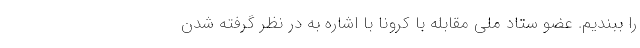
را ببندیم. عضو ستاد ملی مقابله با کرونا با اشاره به در نظر گرفته شدن